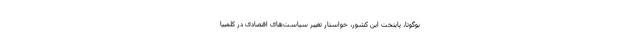
بوگوتا، پایتخت این کشور، خواستار تغییر سیاست‌های اقتصادی در کلمبیا